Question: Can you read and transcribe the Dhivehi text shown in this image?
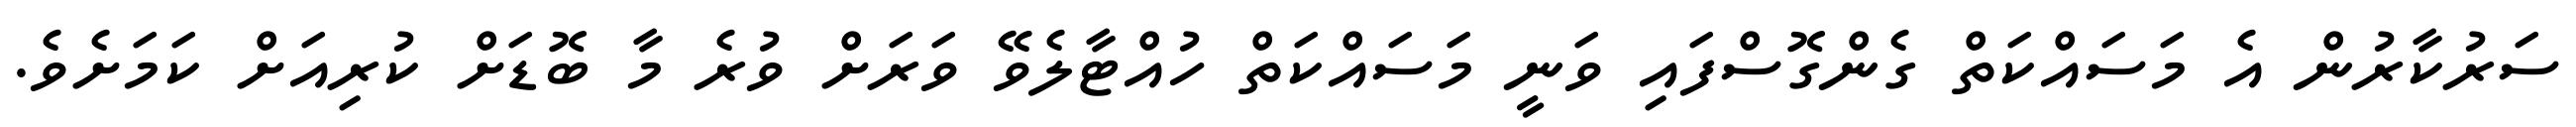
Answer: ސަރުކާރުން އެ މަސައްކަތް ގެންގޮސްފައި ވަނީ މަސައްކަތް ހުއްޓާލެވޭ ވަރަށް ވުރެ މާ ބޮޑަށް ކުރިއަށް ކަމަށެވެ.